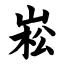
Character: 崧